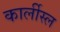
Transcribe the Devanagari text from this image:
कार्लीस्ल